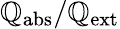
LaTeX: \mathbb{Q}_{\mathrm{{{abs}}}}/\mathbb{Q}_{\mathrm{{{ext}}}}